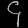
Digit: ၄